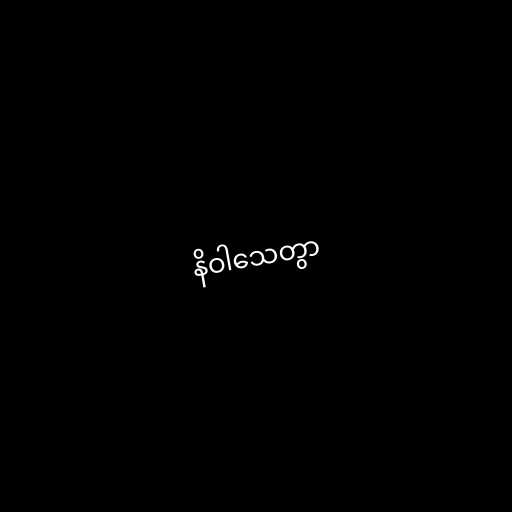
နိဝါသေတွာ